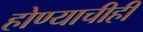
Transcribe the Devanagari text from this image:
होण्याचीही